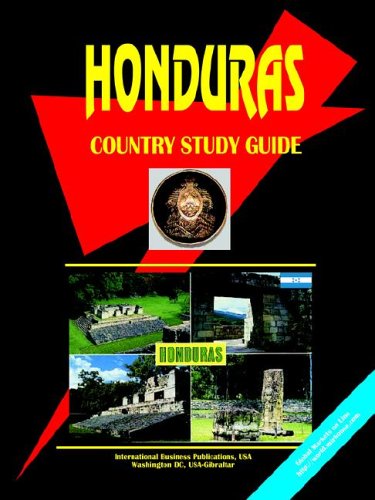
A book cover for Honduras Country Study Guide; Ibp Usa; Travel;